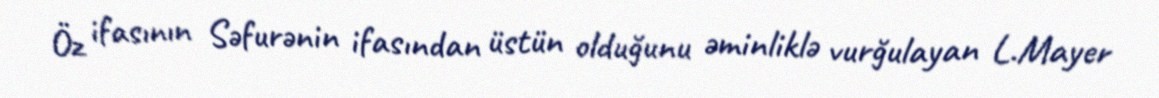
Öz ifasının Səfurənin ifasından üstün olduğunu əminliklə vurğulayan L.Mayer